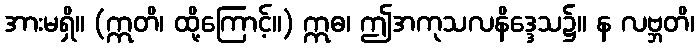
အားမရှိ။ (ဣတိ၊ ထို့ကြောင့်။) ဣဓ၊ ဤအကုသလနိဒ္ဒေသ၌။ န လဗ္ဘတိ၊